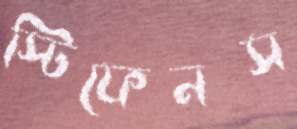
স্টিফেনস